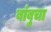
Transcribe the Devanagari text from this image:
बांबुचा